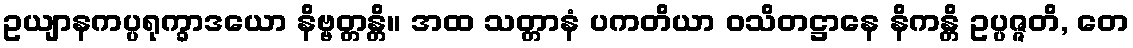
ဥယျာနကပ္ပရုက္ခာဒယော နိဗ္ဗတ္တန္တိ။ အထ သတ္တာနံ ပကတိယာ ဝသိတဋ္ဌာနေ နိကန္တိ ဥပ္ပဇ္ဇတိ, တေ